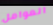
العوامل